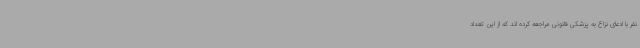
نفر با ادعای نزاع به پزشکی قانونی مراجعه کرده اند که از این تعداد